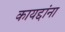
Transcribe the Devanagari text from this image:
कायद्दांना